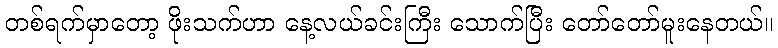
တစ်ရက်မှာတော့ ဖိုးသက်ဟာ နေ့လယ်ခင်းကြီး သောက်ပြီး တော်တော်မူးနေတယ်။